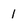
Character: 1